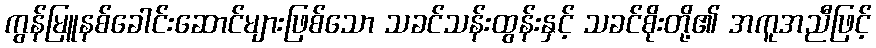
ကွန်မြူနစ်ခေါင်းဆောင်များဖြစ်သော သခင်သန်းထွန်းနှင့် သခင်စိုးတို့၏ အကူအညီဖြင့်